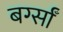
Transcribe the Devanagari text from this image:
बर्ग्साँ